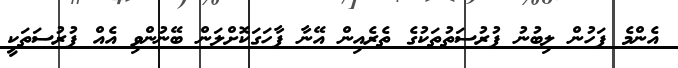
އެންމެ ފަހުން ލިބުނު ފުރުސަތުތަކުގެ ތެރެއިން އޭނާ ފާހަގަކޮށްލަން ބޭނުންވި އެއް ފުރުސަތަކީ